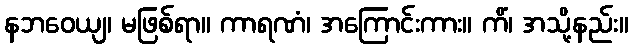
နဘဝေယျ၊ မဖြစ်ရာ။ ကာရဏံ၊ အကြောင်းကား။ ကိံ၊ အသို့နည်း။